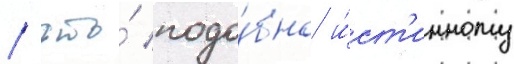
/ что́ подо́бно и́ст'инному